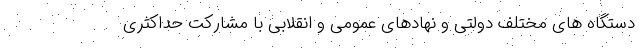
دستگاه های مختلف دولتی و نهادهای عمومی و انقلابی با مشارکت حداکثری